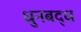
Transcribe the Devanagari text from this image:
धुनबद्ध